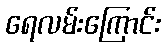
ရေလမ်းကြောင်း